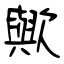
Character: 歟